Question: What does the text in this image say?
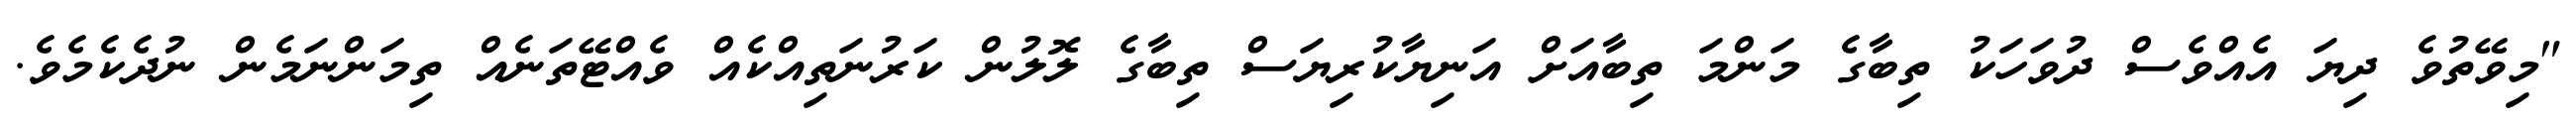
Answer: "މިވޭތުވެ ދިޔަ އެއްވެސް ދުވަހަކު ތިބާގެ މަންމަ ތިބާއަށް އަނިޔާކުރިޔަސް ތިބާގެ ލޮލުން ކަރުނަތިއްކެއް ވެއްޓޭތަނެއް ތިމަންނަމެން ނުދެކެމެވެ.